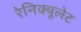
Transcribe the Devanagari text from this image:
रेनिक्यूलेट